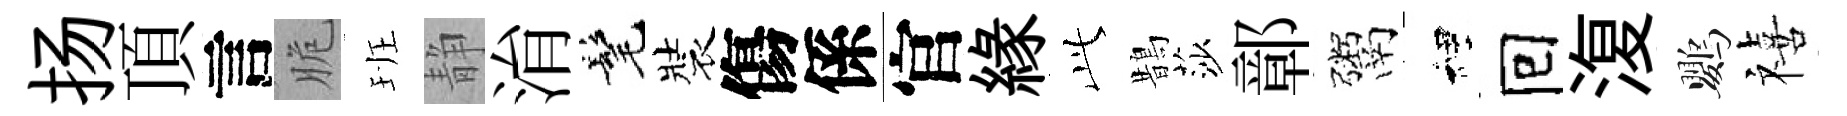
扬頂言脆班静㳙髦裝傷係官緣𬼘鵲莎鄣鬻裡囘𣸪鸚禧